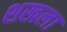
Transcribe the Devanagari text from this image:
शखला